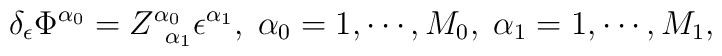
\delta _\epsilon \Phi ^{\alpha _0}=Z_{\;\;\alpha _1}^{\alpha_0}\epsilon ^{\alpha _1},\;\alpha _0=1,\cdots ,M_0,\;\alpha _1=1,\cdots,M_1,